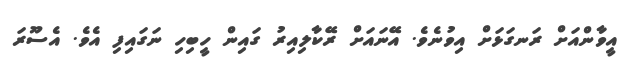
އީވާންއަށް ރަނގަޅަށް އިވުނެވެ. އޭނައަށް ރޭކާލިއިރު ގައިން ހީބިހި ނަގައިފި އެވެ. އެސޫރަ